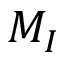
M _ { I }